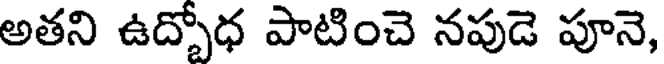
అతని ఉద్బోధ పాటించె నపుడె పూనె,